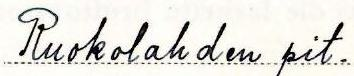
Ruokolahden pit.